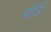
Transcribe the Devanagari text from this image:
बोंडें